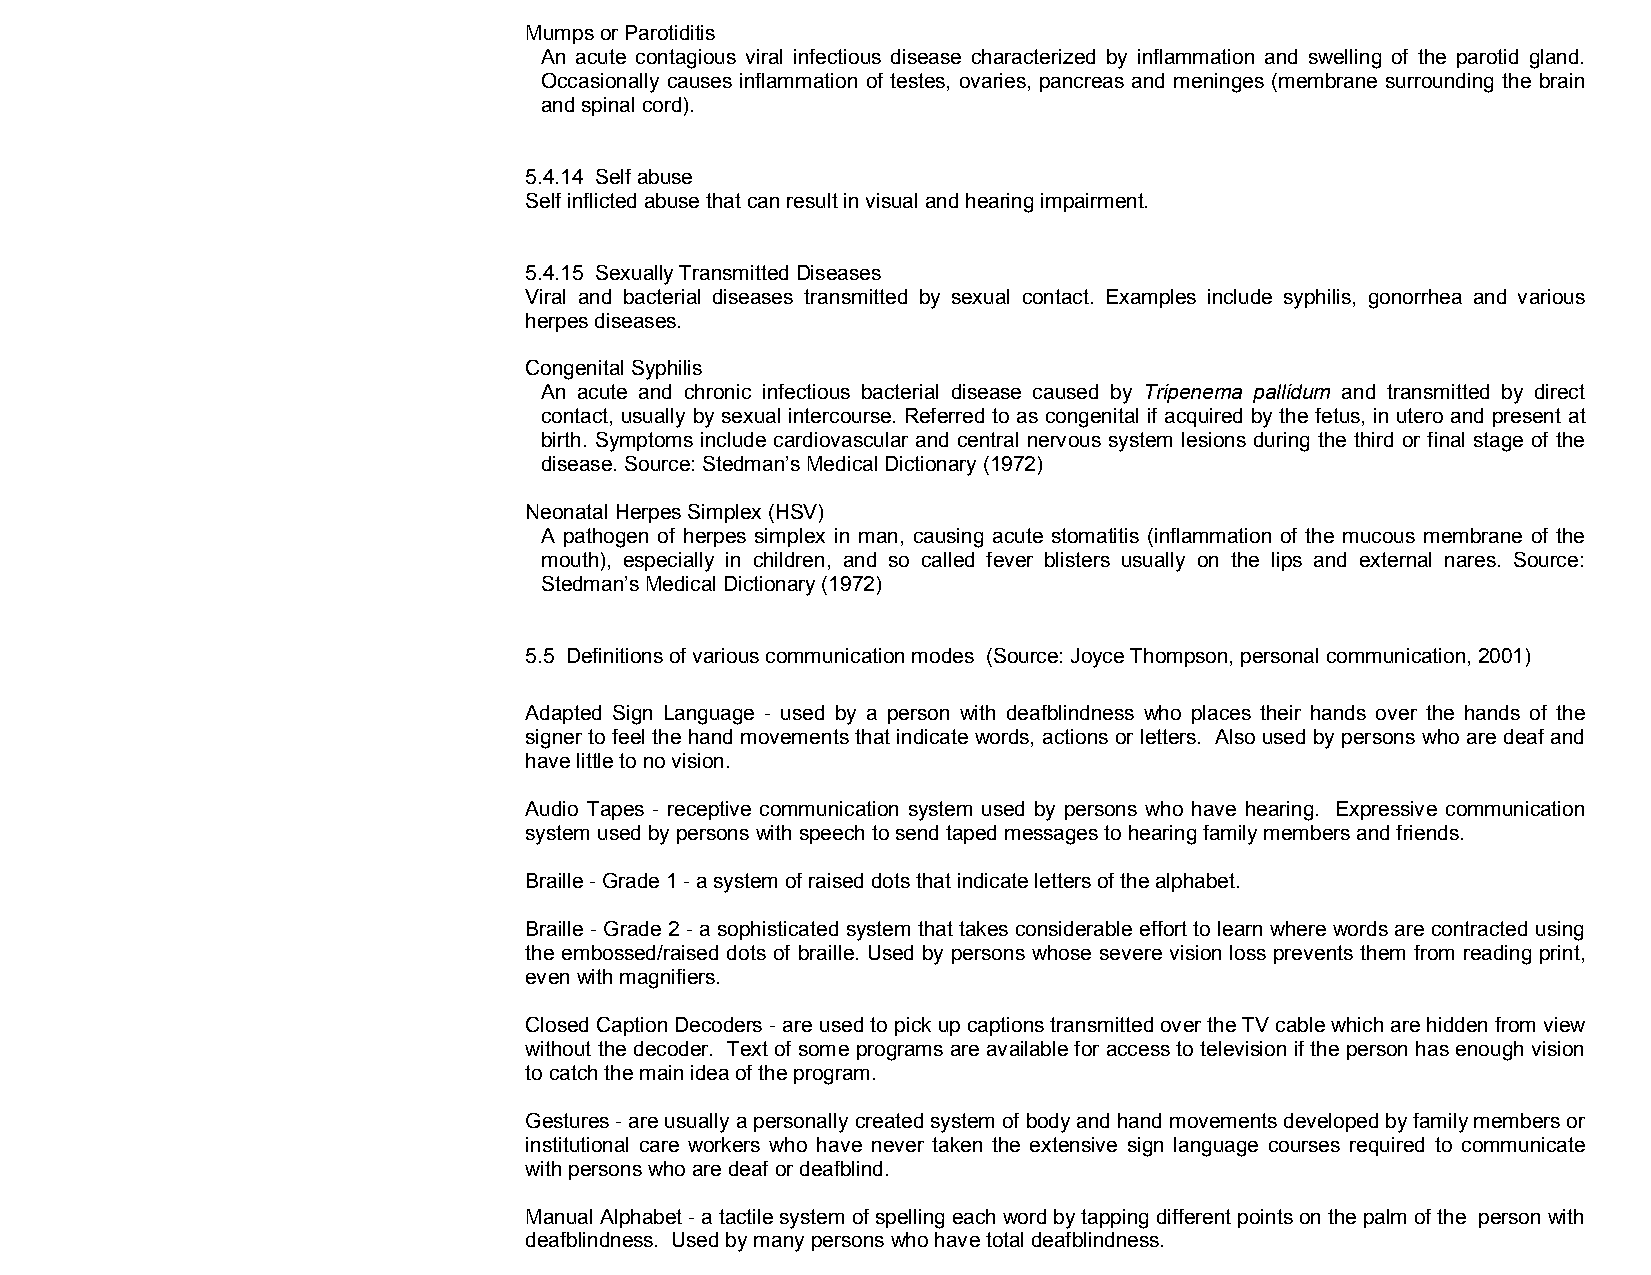
Mumps or Parotiditis
 An acute contagious viral infectious disease characterized by inflammation and swelling of the parotid gland.
 Occasionally causes inflammation of testes, ovaries, pancreas and meninges (membrane surrounding the brain
 and spinal cord).
 5.4.14 Self abuse
 Self inflicted abuse that can result in visual and hearing impairment.
 5.4.15 Sexually Transmitted Diseases
 Viral and bacterial diseases transmitted by sexual contact. Examples include syphilis, gonorrhea and various
 herpes diseases.
 Congenital Syphilis
 An acute and chronic infectious bacterial disease caused by Tripenema pallidum and transmitted by direct
 contact, usually by sexual intercourse. Referred to as congenital if acquired by the fetus, in utero and present at
 birth. Symptoms include cardiovascular and central nervous system lesions during the third or final stage of the
 disease. Source: Stedman’s Medical Dictionary (1972)
 Neonatal Herpes Simplex (HSV)
 A pathogen of herpes simplex in man, causing acute stomatitis (inflammation of the mucous membrane of the
 mouth), especially in children, and so called fever blisters usually on the lips and external nares. Source:
 Stedman’s Medical Dictionary (1972)
 5.5 Definitions of various communication modes (Source: Joyce Thompson, personal communication, 2001)
 Adapted Sign Language ­ used by a person with deafblindness who places their hands over the hands of the
 signer to feel the hand movements that indicate words, actions or letters. Also used by persons who are deaf and
 have little to no vision.
 Audio Tapes ­ receptive communication system used by persons who have hearing. Expressive communication
 system used by persons with speech to send taped messages to hearing family members and friends.
 Braille ­ Grade 1 ­ a system of raised dots that indicate letters of the alphabet.
 Braille ­ Grade 2 ­ a sophisticated system that takes considerable effort to learn where words are contracted using
 the embossed/raised dots of braille. Used by persons whose severe vision loss prevents them from reading print,
 even with magnifiers.
 Closed Caption Decoders ­ are used to pick up captions transmitted over the TV cable which are hidden from view
 without the decoder. Text of some programs are available for access to television if the person has enough vision
 to catch the main idea of the program.
 Gestures ­ are usually a personally created system of body and hand movements developed by family members or
 institutional care workers who have never taken the extensive sign language courses required to communicate
 with persons who are deaf or deafblind.
 Manual Alphabet ­ a tactile system of spelling each word by tapping different points on the palm of the person with
 deafblindness. Used by many persons who have total deafblindness.